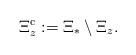
LaTeX: \begin{align*}\Xi_z^{\mathrm c}:=\Xi_*\setminus\Xi_z. \end{align*}